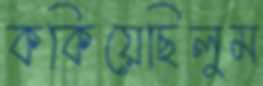
ককিয়েছিলুম